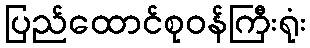
ပြည်ထောင်စုဝန်ကြီးရုံး